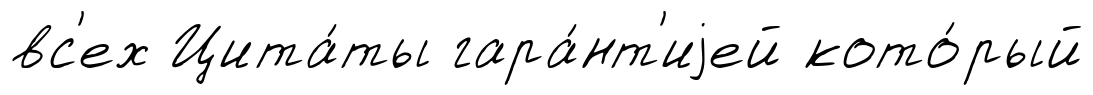
вс'ех Цита́ты гара́нт'иjей кото́рый